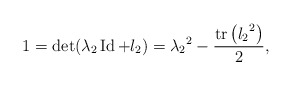
\begin{align*}1=\det(\lambda_2 \operatorname{Id} + l_2) = {\lambda_2}^2 - \frac{\operatorname{tr}\left({l_2}^2\right)}{2},\end{align*}